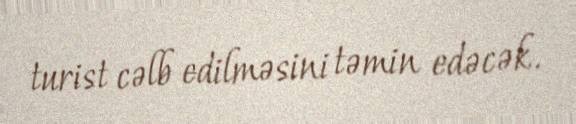
turist cəlb edilməsini təmin edəcək.